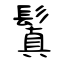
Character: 鬒